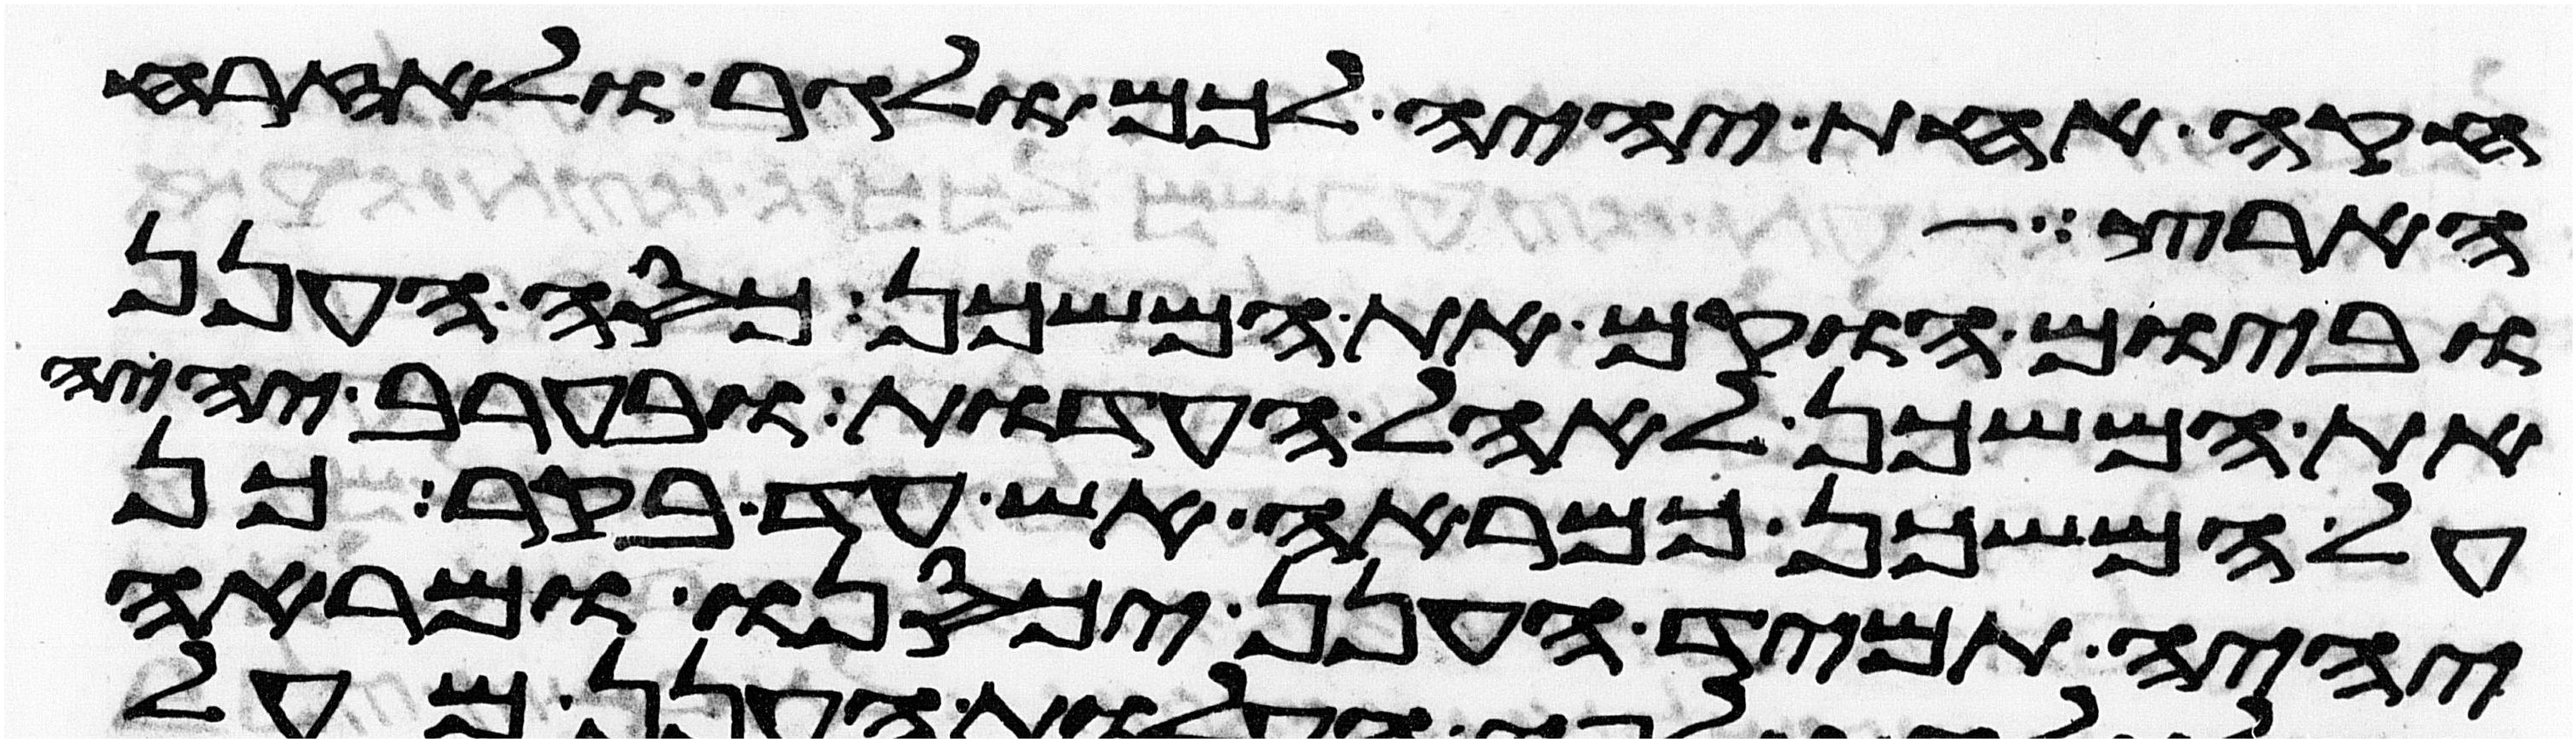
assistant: חקה אחת יהיה לכם ולגר ולאזרח
הארצות
וביום הוקם את המשכן כסה הענן
את המשכן לאהל העדות ובערב יהיה
על המשכן כמראה אש עד בקר כן
יהיה תמיד הענן יכסנו ומראה